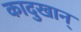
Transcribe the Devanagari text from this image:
कादुखान्